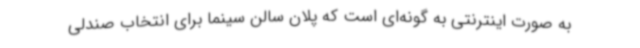
به صورت اینترنتی به گونه‌ای است که پلان سالن سینما برای انتخاب صندلی